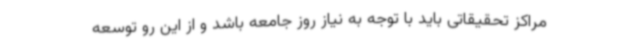
مراکز تحقیقاتی باید با توجه به نیاز روز جامعه باشد و از این رو توسعه